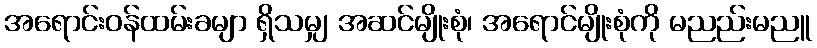
အရောင်းဝန်ထမ်းခမျာ ရှိသမျှ အဆင်မျိုးစုံ၊ အရောင်မျိုးစုံကို မညည်းမညူ